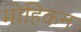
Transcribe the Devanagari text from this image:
मोहिकन